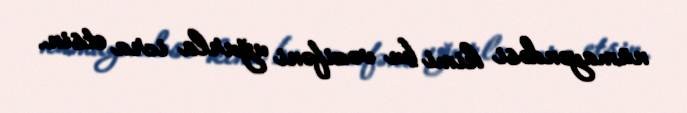
nümayəndəsi kimi bu vəzifəni uğurla icra etsin.